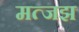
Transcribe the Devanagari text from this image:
मत्जझ